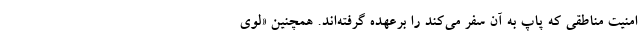
امنیت مناطقی که پاپ به آن سفر می‌کند را برعهده گرفته‌اند. همچنین «لوی